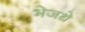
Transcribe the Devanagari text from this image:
भेजथे